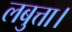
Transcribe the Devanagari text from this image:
लबुत्ता।